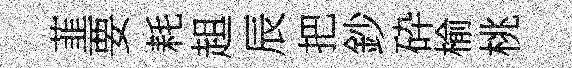
韮要耗趄辰把鈔砕榆桃